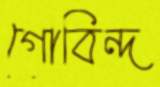
গোবিন্দ